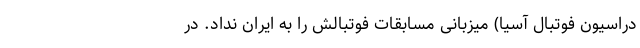
دراسیون فوتبال آسیا) میزبانی مسابقات فوتبالش را به ایران نداد. در